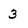
Character: 3